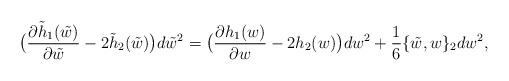
LaTeX: \begin{align*}\big(\frac{\partial \tilde{h}_1(\tilde{w})}{\partial \tilde{w}}-2\tilde{h}_2(\tilde{w}) \big)d\tilde{w}^2= \big(\frac{\partial h_1(w)}{\partial w}-2{h}_2(w) \big)d{w}^2 +\frac{1}{6} \{\tilde{w}, w\}_2 dw^2,\end{align*}